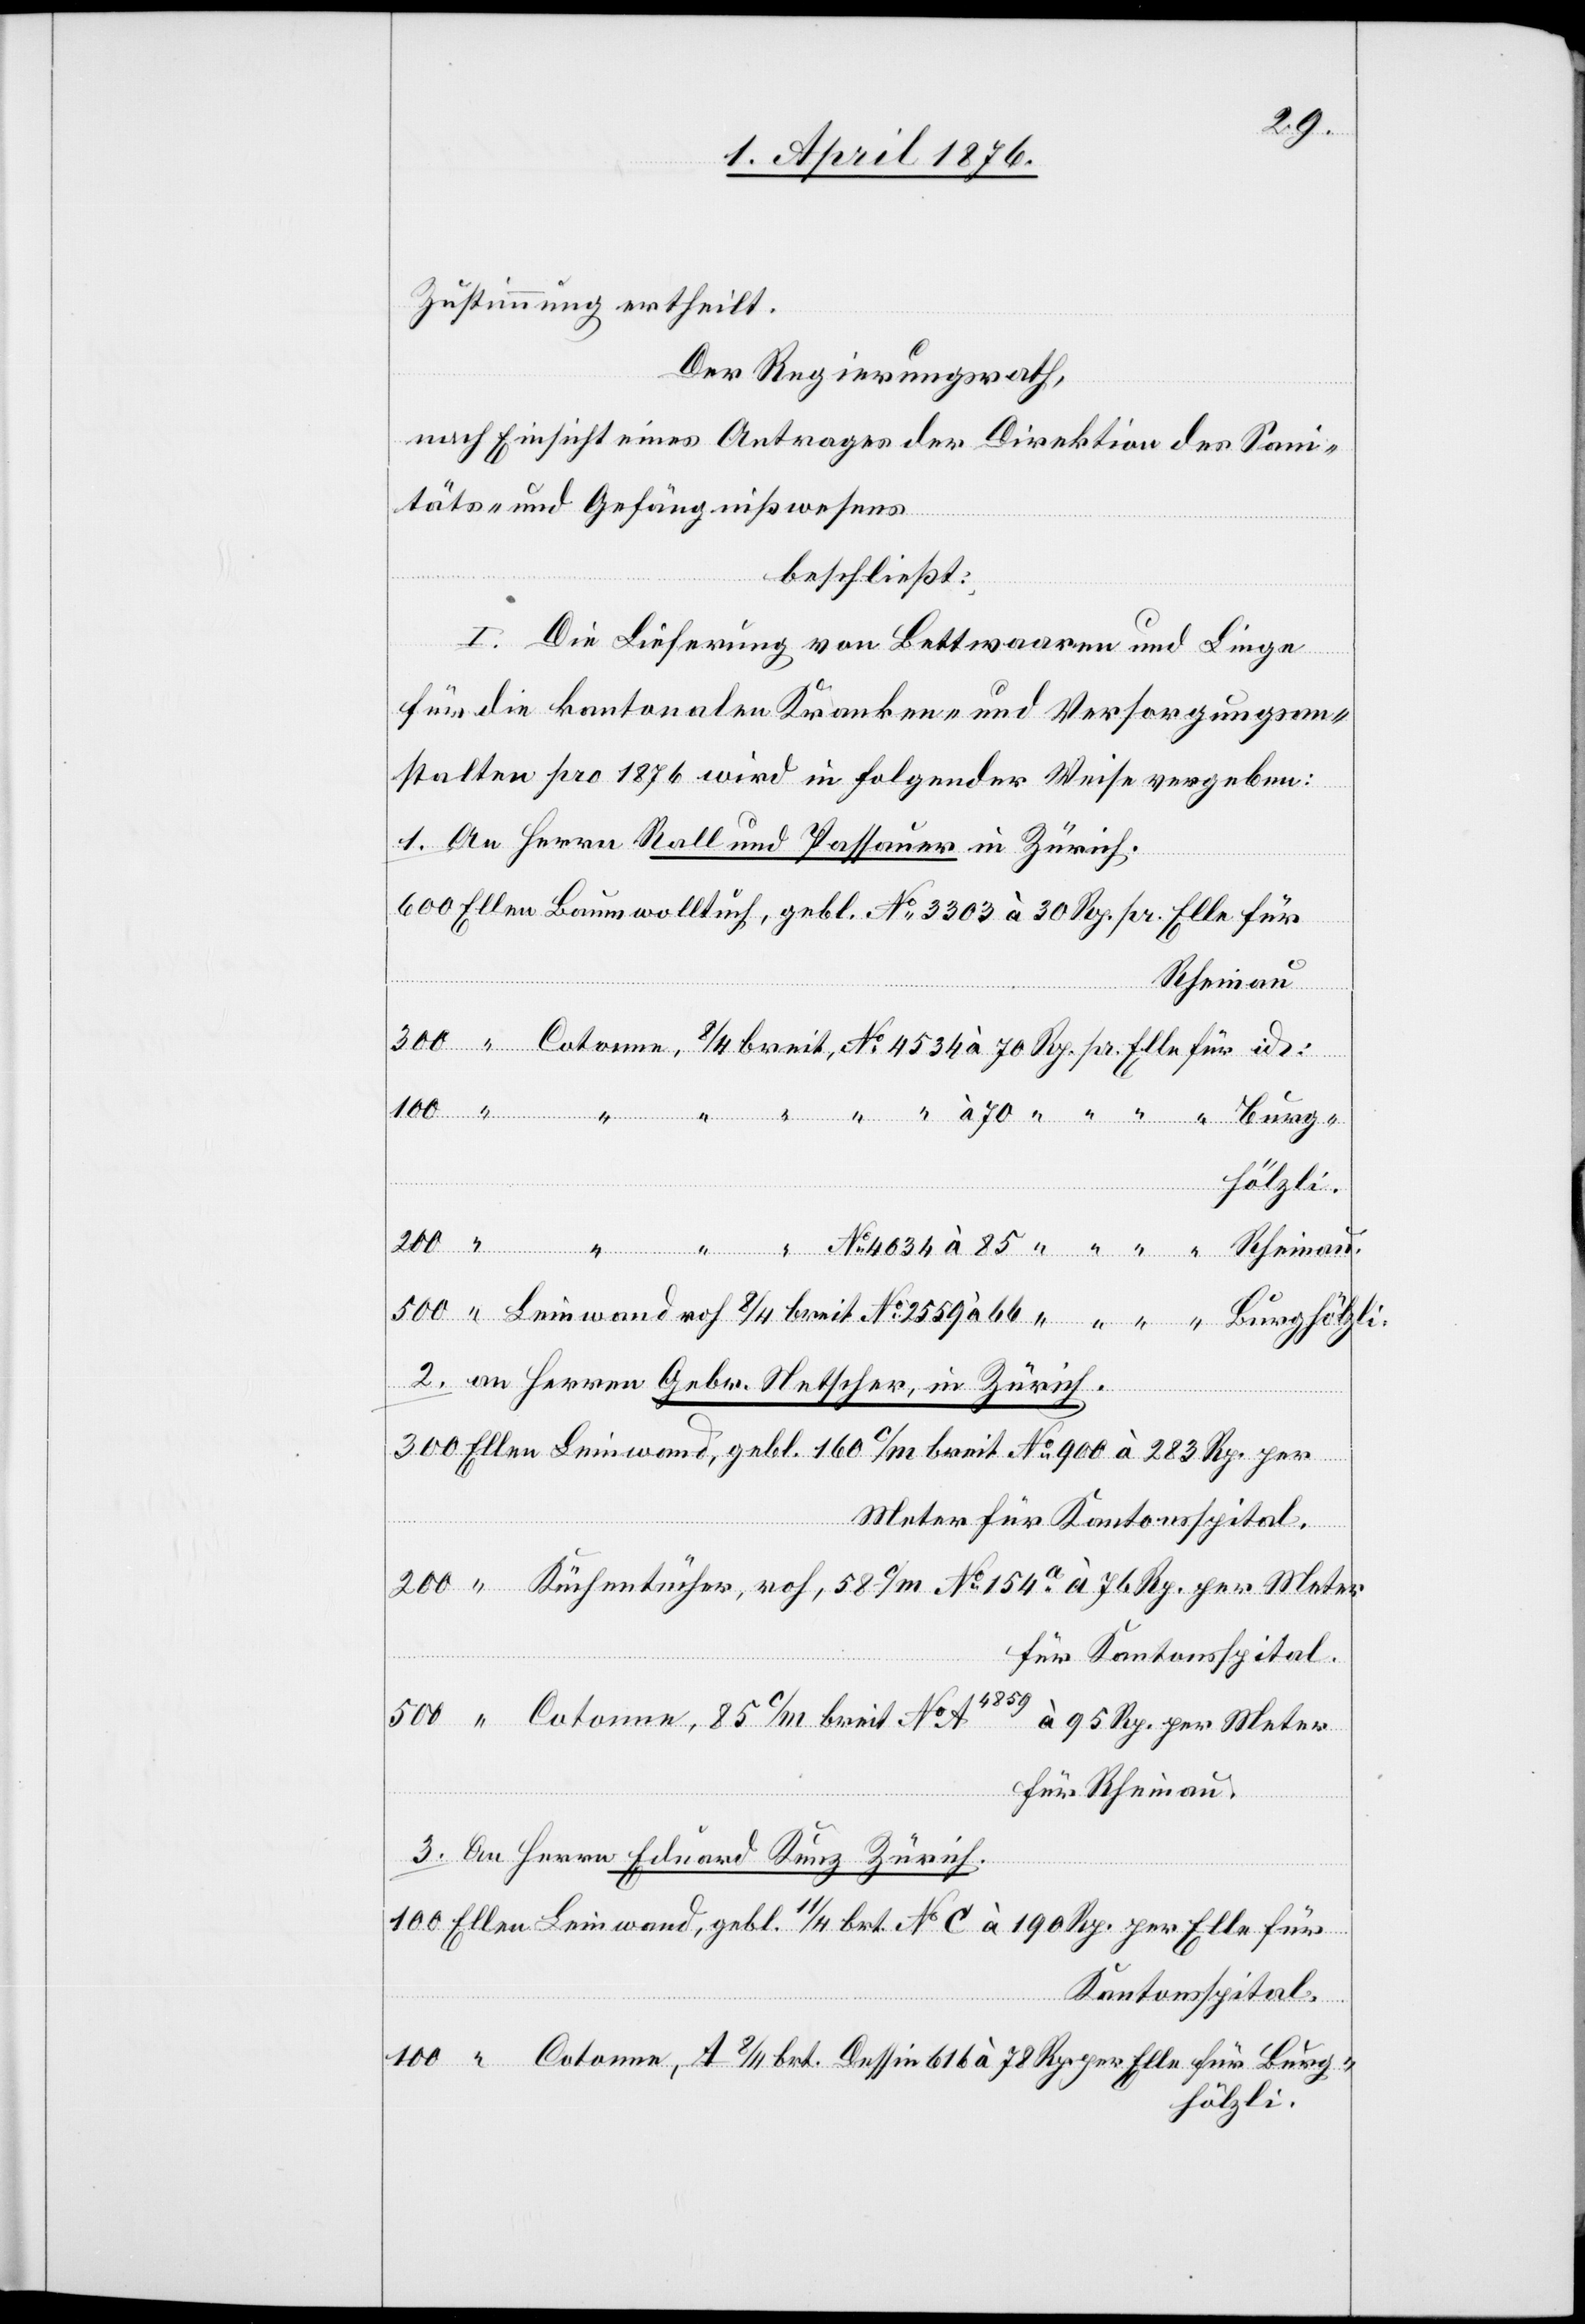
Zustimmung ertheilt.
Der Regierungsrath,
nach Einsicht eines Antrages der Direktion des Sani¬
täts- und Gefängnißwesens,
beschließt:
Rp.
I. Die Lieferung von Bettwaaren und Liege
für die kantonalen Kranken- und Versorgungsan¬
stalten pro 1876 wird in folgender Weise vergeben:
1. An Herrn Rallund Passauer in Zürich.
Rheinau.
hölzli.
2. an Herren Gebr. Netscher, in Zürich.
A4859
3. An Herrn Eduard Kunz Zürich.
rg¬
Kantonsspital.